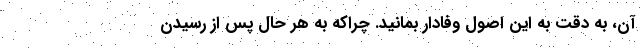
آن، به دقت به این اصول وفادار بمانید. چراکه به هر حال پس از رسیدن